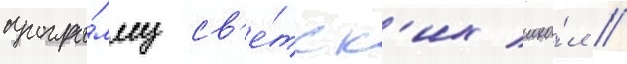
програ́мму св'е́тск'их шко́л //